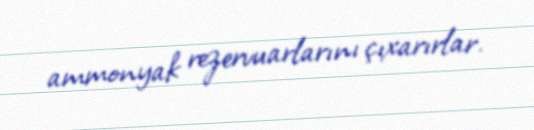
ammonyak rezervuarlarını çıxarırlar.